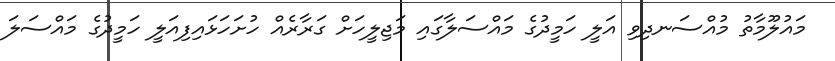
މައުލޫމާތު މުއްސަނދިވި އަލީ ހަމީދުގެ މައްސަލާގައި މަޖިލީހަށް ގަރާރެއް ހުށަހަޅައިފިއަލީ ހަމީދުގެ މައްސަލަ